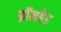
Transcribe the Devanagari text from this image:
ब्रॉमहेड